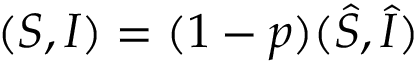
( S , I ) = ( 1 - p ) ( \widehat { S } , \widehat { I } )